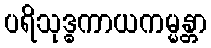
ပရိသုဒ္ဓကာယကမ္မန္တာ